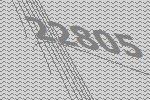
22805